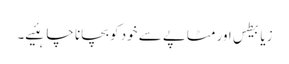
زیابیطس اور مٹاپے سے خود کو بچانا چاہئیے۔